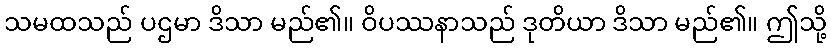
သမထသည် ပဌမာ ဒိသာ မည်၏။ ဝိပဿနာသည် ဒုတိယာ ဒိသာ မည်၏။ ဤသို့